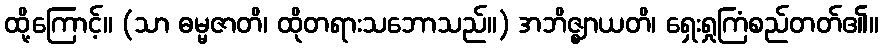
ထို့ကြောင့်။ (သာ ဓမ္မဇာတိ၊ ထိုတရားသဘောသည်။) အဘိဇ္ဈာယတိ၊ ရှေးရှုကြံစည်တတ်၏။